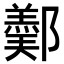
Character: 𨞿